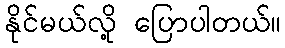
နိုင်မယ်လို့ ပြောပါတယ်။